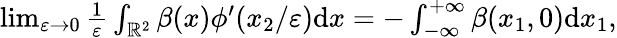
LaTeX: \begin{array}{r}{\operatorname*{lim}_{\varepsilon\to 0}\frac{1}{\varepsilon}\int_{\mathbb{R}^{2}}\beta(x)\phi^{\prime}(x_{2}/\varepsilon)\textrm{d}x=-\int_{-\infty}^{+\infty}\beta(x_{1},0)\textrm{d}x_{1},}\end{array}